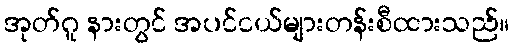
အုတ်ဂူ နားတွင် အပင်ငယ်များတန်းစီထားသည်။